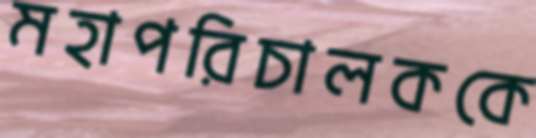
মহাপরিচালককে